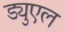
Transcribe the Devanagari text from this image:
ड्युएल